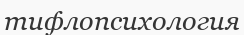
тифлопсихология